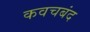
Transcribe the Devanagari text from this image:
कवचबंद